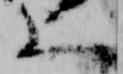
上